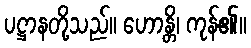
ပဋ္ဌာနတို့သည်။ ဟောန္တိ၊ ကုန်၏။